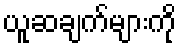
ယူဆချက်များကို